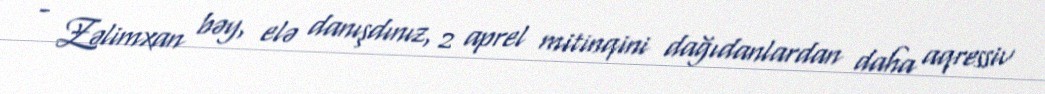
- Zəlimxan bəy, elə danışdınız, 2 aprel mitinqini dağıdanlardan daha aqressiv